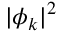
| \phi _ { k } | ^ { 2 }